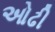
ઓઢી